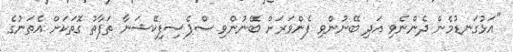
"އަޅުގަނޑުމެން ދެންނެވި އަދި ބޭނުންވި ފެންވަރަށް ބޭނުންވި ސްޕެސިފިކޭޝަނާ ތަފާތު ގޮތަކަށް އެތަނުގެ